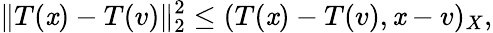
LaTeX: \| T(\mathit{x})-T(v)\| _{2}^{2}\leq(T(\mathit{x})-T(v),\mathit{x}-v)_{X},